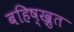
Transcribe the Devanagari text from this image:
बहिष्ख्रुत